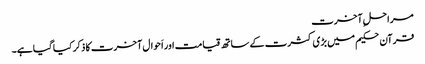
مراحلِ آخرت
قرآن حکیم میں بڑی کثرت کے ساتھ قیامت اور اَحوال آخرت کا ذکر کیا گیا ہے۔